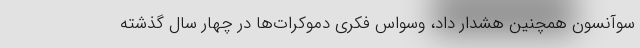
سوآنسون همچنین هشدار داد، وسواس فکری دموکرات‌ها در چهار سال گذشته